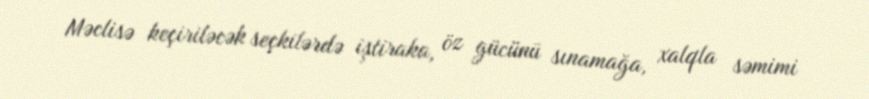
Məclisə keçiriləcək seçkilərdə iştiraka, öz gücünü sınamağa, xalqla səmimi